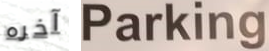
آخره Parking